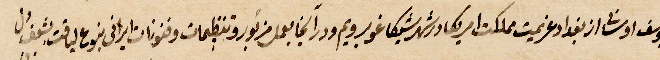
يوسف... از بغداد غريمت مملكت أمريكا وشهد شيكاغو غوبرويم ودارآغا يعمل مزبور تنظيمات وفنونات إيراني بنوع ....